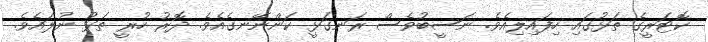
ކޮޓަރީގެ ތަޅުގައި ހިފައިލިއެވެ. ނަސީބުވެސް ރަނގަޅީ ކަންނޭނގެއެވެ. ދޮރު ހުރީ ތަޅު ނުލައެވެ.